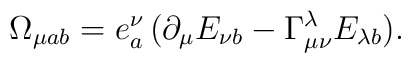
\Omega_{\mu ab}=e^{\nu}_{a}\,(\partial_{\mu}E_{\nu b}-\Gamma^{\lambda}_{\mu\nu}E_{\lambda b}).